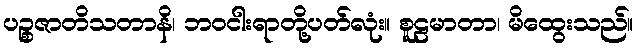
ပဉ္စဇာတိသတာနိ၊ ဘဝငါးရာတို့ပတ်လုံး။ စူဠမာတာ၊ မိထွေးသည်။